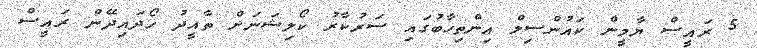
5 ރައީސް ޔާމީން ކައުންސިލް އިންތިހާބުގައި ސަރުކާރު ކޯލިޝަނަށް ތާއީދު ހޯދައިދޭން ރައީސް